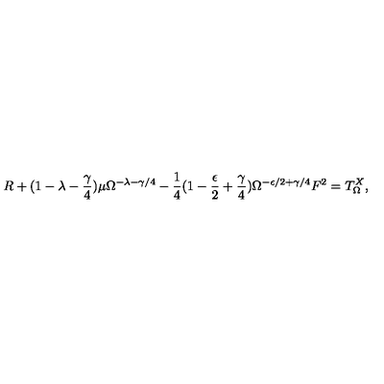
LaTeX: R + ( 1 - \lambda - \frac { \gamma } { 4 } ) \mu \Omega ^ { - \lambda - \gamma / 4 } - \frac { 1 } { 4 } ( 1 - \frac { \epsilon } { 2 } + \frac { \gamma } { 4 } ) \Omega ^ { - \epsilon / 2 + \gamma / 4 } F ^ { 2 } = T _ { \Omega } ^ { X } ,